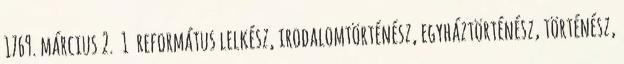
1769. március 2. 1 református lelkész, irodalomtörténész, egyháztörténész, történész,